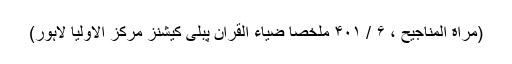
(مِراٰة المناجیح ، ۶ / ۴۰۱ ملخصاً ضیاء القرآن پبلی کیشنز مرکز الاولیا لاہور)